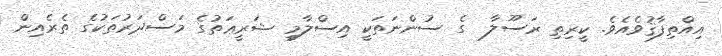
އިއްތިފާޤުވެއެވެ. ކީރިތި ރަސޫލާ  ގެ ސުންނަތަކީ އިސްލާމީ ޝަރީޢަތުގެ މަސްދަރުތަކުގެ ތެރެއިން